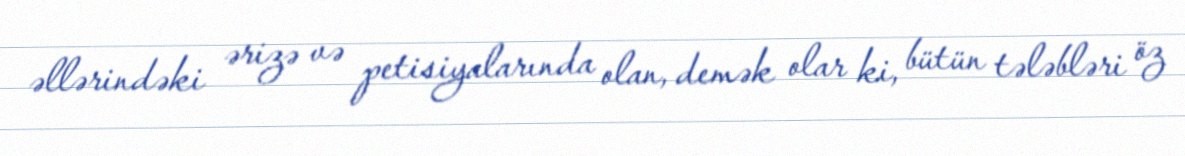
əllərindəki ərizə və petisiyalarında olan, demək olar ki, bütün tələbləri öz